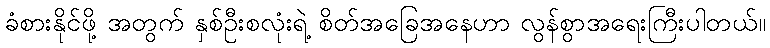
ခံစားနိုင်ဖို့ အတွက် နှစ်ဦးစလုံးရဲ့ စိတ်အခြေအနေဟာ လွန်စွာအရေးကြီးပါတယ်။